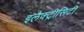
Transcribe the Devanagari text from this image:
इलैक्‍ट्रीसिटी